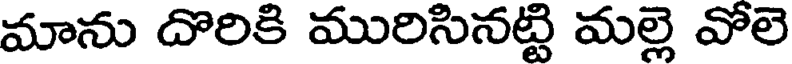
మాను దొరికి మురిసినట్టి మల్లె వోలె